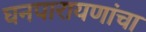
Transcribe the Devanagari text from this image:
घनपारायणांचा